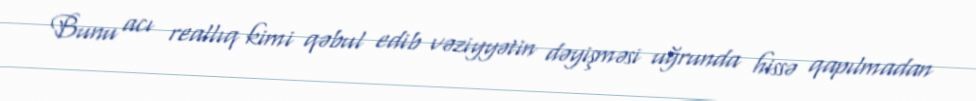
Bunu acı reallıq kimi qəbul edib vəziyyətin dəyişməsi uğrunda hissə qapılmadan